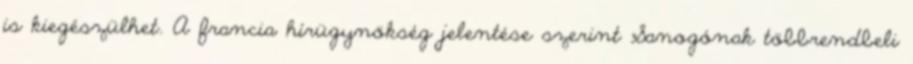
is kiegészülhet. A francia hírügynökség jelentése szerint Sanogónak többrendbeli